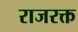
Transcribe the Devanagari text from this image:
राजरक्त